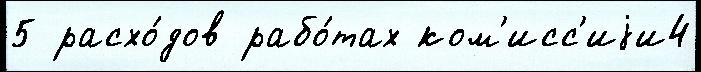
5 расхо́дов рабо́тах ком'исс'иjи4